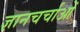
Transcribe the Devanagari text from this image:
ज्ञानचर्चाओं